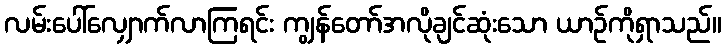
လမ်းပေါ်လျှောက်လာကြရင်း ကျွန်တော်အလိုချင်ဆုံးသော ယာဉ်ကိုရှာသည်။